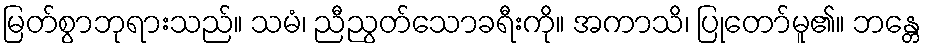
မြတ်စွာဘုရားသည်။ သမံ၊ ညီညွတ်သောခရီးကို။ အကာသိ၊ ပြုတော်မူ၏။ ဘန္တေ